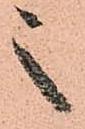
之